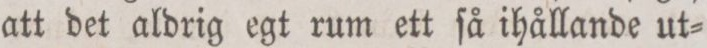
att det aldrig egt rum ett ſå ihållande ut=